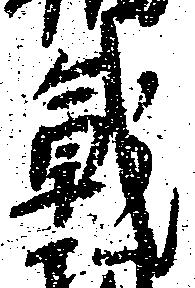
戦